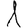
Digit: 1